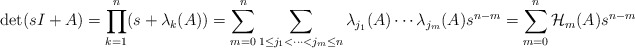
\begin{align*} \begin{aligned}\det(sI+ A)& =\prod\limits_{k=1}^n(s+\lambda_k(A)) =\sum\limits_{m=0}^n\sum\limits_{1\leq j_1<\dots<j_m\leq n}\lambda_{j_1}(A)\cdots\lambda_{j_m}(A)s^{n-m}=\sum\limits_{m=0}^n \mathcal{H}_m(A)s^{n-m} \end{aligned} \end{align*}